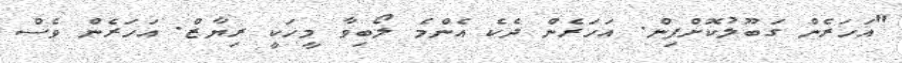
"އަހަރެން ގަބޫލުކޮށްފިން. އަހަރެން ދެކެ އެންމެ ލޯބިވާ މީހަކީ ރިޔާޒް. އަހަރެން ވެސް